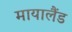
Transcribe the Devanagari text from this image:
मायालैंड